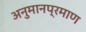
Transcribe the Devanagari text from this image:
अनुमानप्रमाण